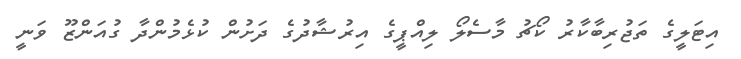
އިޓަލީގެ ތަޖުރިބާކާރު ކޯޗު މާސެލޯ ލިއްޕީގެ އިރުޝާދުގެ ދަށުން ކުޅެމުންދާ ގުއަންޒޫ ވަނީ